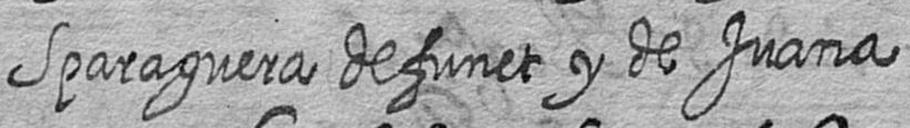
Sparaguera defunct y de Juana